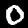
Label: 0